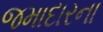
જમાદારના